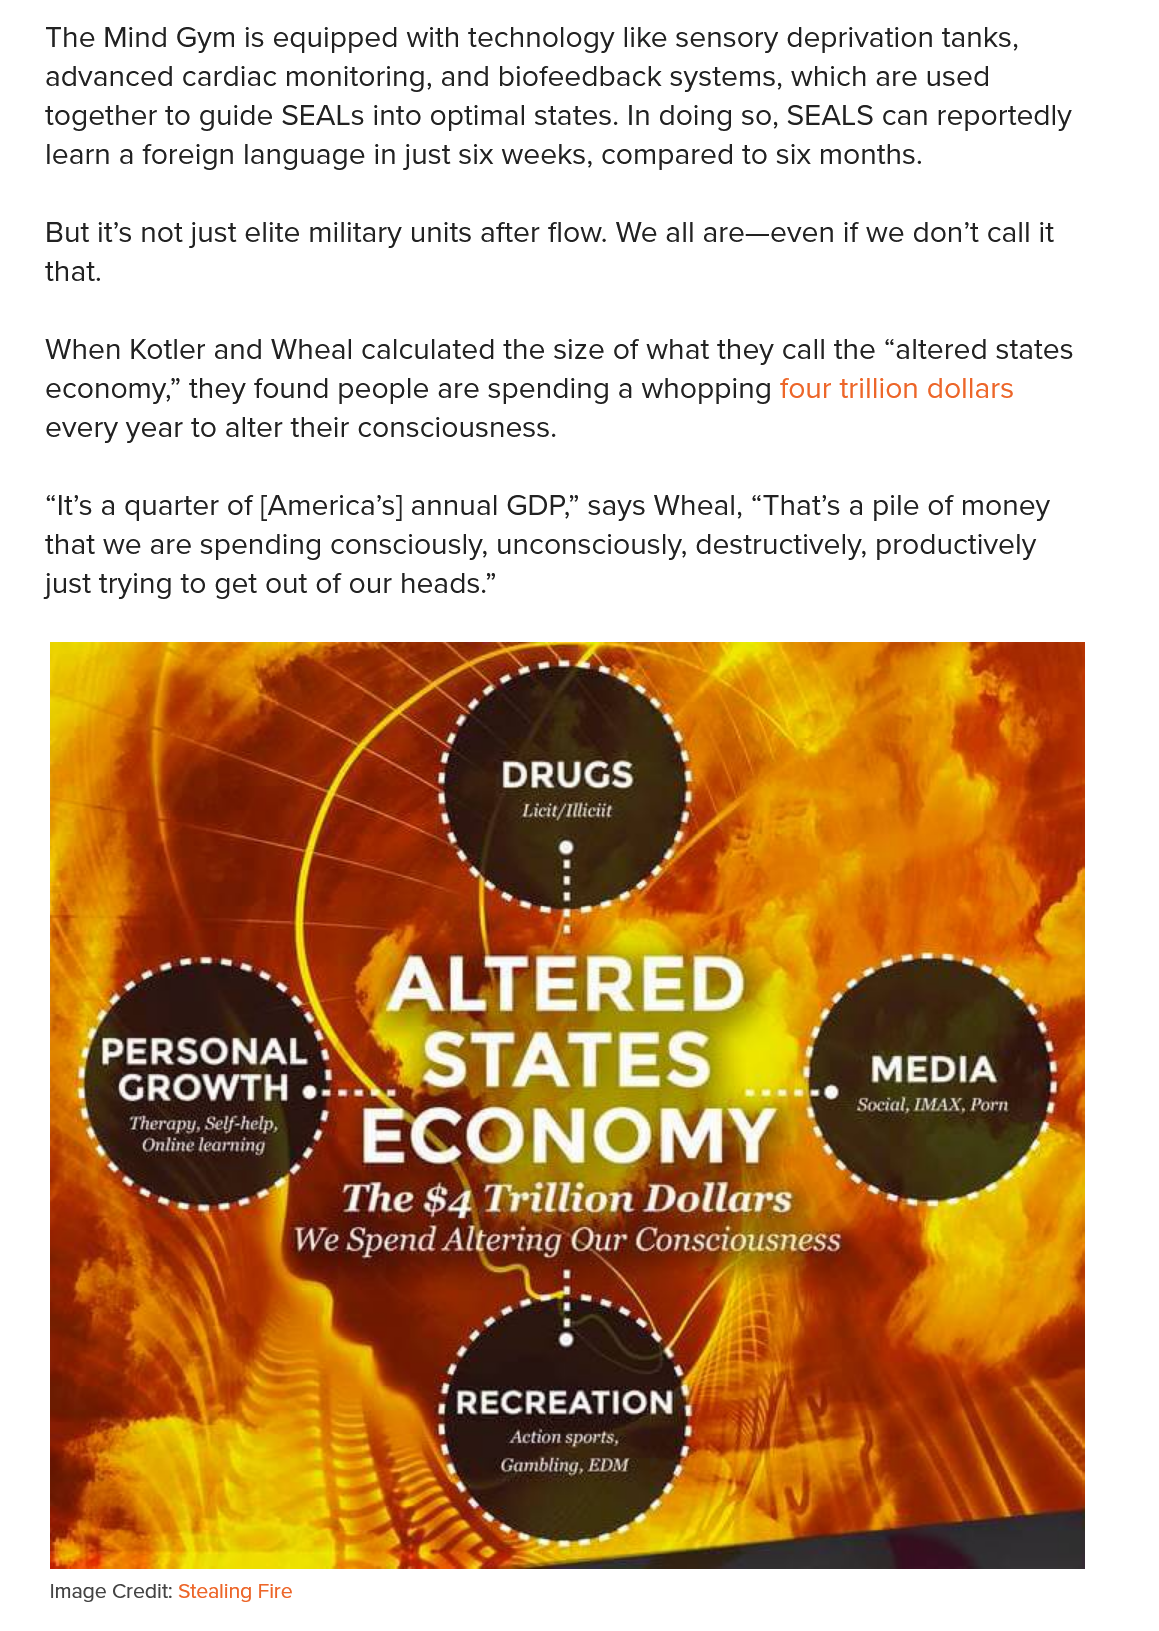
The Mind Gym  is equipped with technology like sensory deprivation tanks,
    advanced cardiac monitoring, and biofeedback systems, which are used
    together to guide SEALs into optimal states. In doing so, SEALS can reportedly
    learn a foreign language in just six weeks, compared to six months.
    But it’s not just elite military units after flow. We all are—even if we don’t call it
    that.
    When Kotler and Wheal calculated the size of what they call the “altered states
    economy,” they found people are spending a whopping four trillion dollars
    every year to alter their consciousness.
    “It's a quarter of [America’s] annual GDP,” says Wheal, “That’s a pile of money
    that we are spending consciously, unconsciously, destructively, productively
    just trying to get out of our heads.”
     Pa    .
     a    LS
     O    .
     OG    ‘
     '    ry
     Pi)   10  Lesa
     .
     Licit/Mliciit ri
     .    O
     .    4    *
     oe    .    y
     —
     '
     acinar
     7    \    (ALTERED    7
     (Cour
     =F
     “
     ECONOMY    a
     ry
     ——
     ff    The   $4  Trillion   Dollars
     ™    —_
     Ua   aew    awit)  SU   (Oey yao
     ‘
     f    ‘
     1
     RECREATION
     ;
     '
     "
     CT    eT
     Action sports,
     be